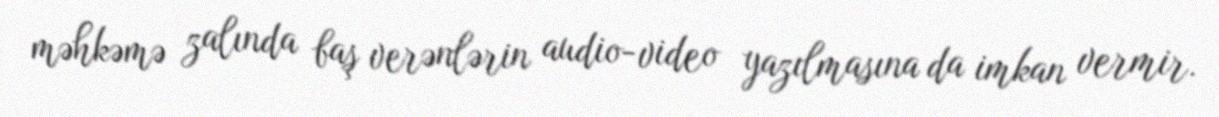
məhkəmə zalında baş verənlərin audio-video yazılmasına da imkan vermir.